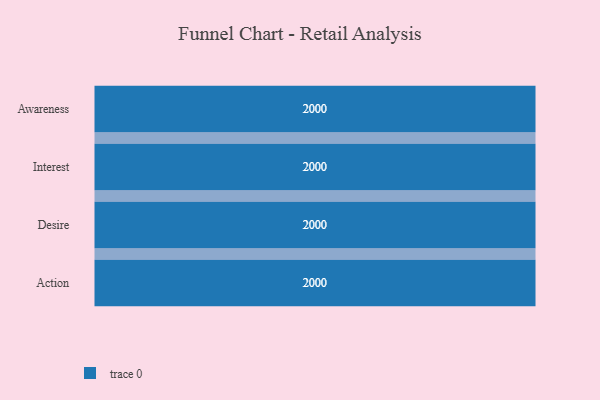
{"axis": {"x": "Stage", "y": "Value"}, "legend": [""], "data": [{"x": "Awareness", "y": 2000, "type": ""}, {"x": "Interest", "y": 2000, "type": ""}, {"x": "Desire", "y": 2000, "type": ""}, {"x": "Action", "y": 2000, "type": ""}]}